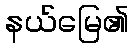
နယ်မြေ၏